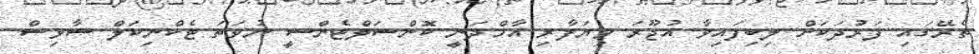
ތެރޭގައި ފަރުދަކަށް ލިބިފައިވާ އުޖޫރަ ވިޔަފާރި އާމްދަނީ ކޮންސަލްޓެންސީ ނުވަތަ ޓެކްނިކަލް ސާވިސް